Annual statistical returns and brief notes on vaccination in Bengal - 1887-1898
Year: 1887
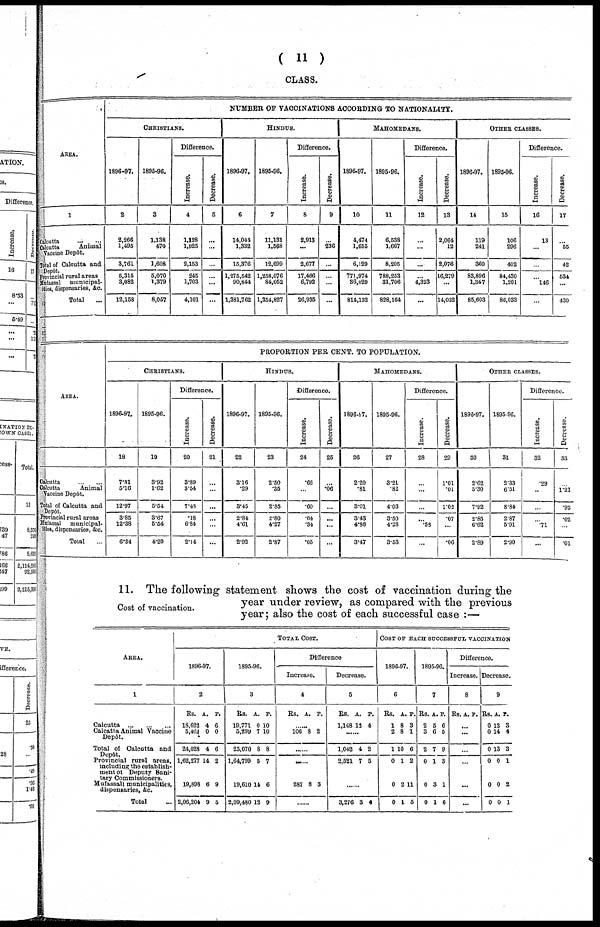
( 1 1 )
CLASS.
AREA.
1
Calcutta
...
...
Calcutta
Animal
Vaccine Depôt.
Total of Calcutta and
Depôt.
Provincial rural areas
Mufassal
municipal-
ities, dispensaries, &c.
Total ...
NUMBER OF VACCINATIONS ACCORDING TO NATIONALITY.
CHRISTIANS.
1896-87.
2
2,266
1,495
3,761
5,315
3,082
12,158
1895-96.
3
1,138
470
1,608
5,070
1,379
8,057
Difference.
Increase.
4
1,128
1,025
2,153
245
1,703
4,101
Decrease.
5
...
...
...
...
...
...
HINDUS.
1896-47.
6
14,044
1,332
15,376
1,275,542
90,844
1,381,762
1895-96.
7
11,131
1,568
12,699
1,258,076
84,052
1,354,827
Difference.
Increase.
8
2,913
...
2,677
17,486
6,792
26,935
Decrease.
9
...
236
...
...
...
...
MAHOMEDANS.
1896-97.
10
4,474
1,655
6,129
771,974
36,029
814,132
1895-96.
11
6,538
1,667
8,205
788,253
31,706
828,164
Difference.
Increase.
12
...
...
...
...
4,323
...
Decrease.
13
2,064
12
2,076
16,279
...
14,032
OTHER CLASSES.
1896-97.
14
119
241
360
83,896
1,347
85,603
1895-96.
15
106
296
402
84,430
1,201
86,033
Difference.
Increase.
16
13
...
...
...
146
...
Decrease.
17
...
55
42
534
...
430
AREA.
Calcutta
...
...
Calcutta
Animal
Vaccine Depôt.
Total of Calcutta and
Depôt.
Provincial rural areas
Mufassal
municipal-
ities, dispensaries, &c.
Total ...
PROPORTION PER CENT. TO POPULATION.
CHRISTIANS.
1896-97.
18
7.81
5.16
12.97
3.85
12.38
6.34
1895-96.
19
3.92
1.62
5.54
3.67
5.54
4.20
Difference.
Increase.
20
3.89
3.54
7.43
.18
6.84
2.14
Decrease.
21
...
...
...
...
...
...
HINDUS.
1896-97.
22
3.16
.29
3.45
2.84
4.61
2.92
1895-96.
23
2.50
.35
2.85
2.80
4.27
2.87
Difference.
Increase.
24
.66
...
.60
.04
.34
.05
Decrease.
25
...
.06
...
...
...
...
MAHOMEDANS.
1896-97.
26
2.20
.81
3.01
3.43
4.86
3.47
1895-96.
27
3.21
.82
4.03
3.50
4.28
3.53
Difference.
Increase.
28
...
...
...
...
.58
...
Decrease.
29
1.01
.01
1.02
.07
...
.06
OTHER CLASSES.
1896-97.
30
2.62
5.30
7.92
2.85
6.62
2.89
1895-96.
31
2.33
6.51
8.84
2.87
5.91
2.90
Difference.
Increase.
32
.29
...
...
...
.71
...
Decrease.
33
...
1.21
.92
.02
...
.01
Cost of vaccination.
11. The following statement shows the cost of vaccination during the
year under review, as compared with the previous
year; also the cost of each successful case :—
AREA.
1
Calcutta
...
...
...
Calcatta Animal Vaccine
Depôt.
Total of Calcutta and
Depôt.
Provincial rural areas,
including the establish-
ment of Deputy Sani-
tary Commissioners.
Mufassall municipalities,
dispensaries, &c.
Total ...
TOTAL COST.
1896-97.
2
Rs.
18,622
6,400
24,228
1,62,277
19,898
2,06,204
A.
4
0
4
14
6
9
P.
6
0
6
2
9
5
1895-96.
3
Rs.
19,771
5,299
25,070
1,64,799
19,610
2,09,480
A.
0
7
8
5
14
12
P.
10
10
8
7
6
9
Difference
Increase.
4
Rs. A. P.
......
106 8 2
......
......
287 8 3
......
Decrease.
5
Rs.
1,148
A.
13
P.
4
......
1,042
2,521
4
7
2
5
......
3,276 3 4
COST OF EACH SUCCESSFUL VACCINATION
1896-97.
6
Rs.
1
2
1
0
0
0
A.
8
8
10
1
2
1
P.
3
1
6
2
11
5
1895-96.
7
Rs.
2
3
2
0
0
0
A.
5
6
7
1
3
1
P.
6
5
9
3
1
6
Difference.
Increase.
8
Rs. A. P.
...
...
...
...
...
...
Decrease.
9
Rs.
0
0
0
0
0
0
A.
13
14
13
0
0
0
P.
3
4
3
1
2
1